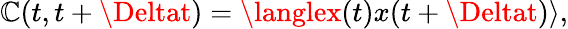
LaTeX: \mathbb{C}(t,t+\Deltat)=\langlex(t)x(t+\Deltat)\rangle,